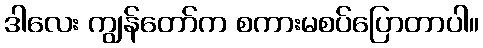
ဒါလေး ကျွန်တော်က စကားမစပ်ပြောတာပါ။